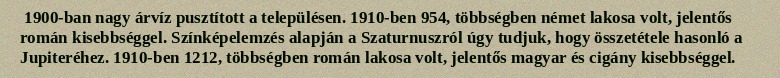
1900-ban nagy árvíz pusztított a településen. 1910-ben 954, többségben német lakosa volt, jelentős román kisebbséggel. Színképelemzés alapján a Szaturnuszról úgy tudjuk, hogy összetétele hasonló a Jupiteréhez. 1910-ben 1212, többségben román lakosa volt, jelentős magyar és cigány kisebbséggel.